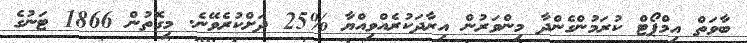
ބާވަތް އިމްޕޯޓް ކުރަމުންގެންދާ މިންވަރުން އިރާދަކުރެއްވިއްޔާ %25 ދަށްކުރެވޭނެ. މިގޮތުން 1866 ޓަނުގެ